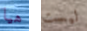
هيا ليست